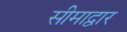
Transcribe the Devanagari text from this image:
सीमाद्वार